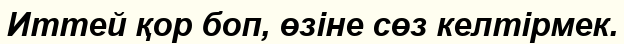
Иттей қор боп, өзіне сөз келтірмек.